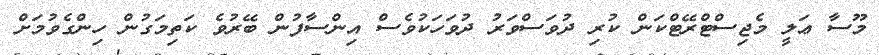
މޫސާ ޢަލީ މެޖިސްޓްރޭޓްކަން ކުރި ދުވަސްވަރު ދުވަހަކުވެސް އިންސާފުން ބޭރުވެ ކަތިމަގުން ހިންގެވުމަށް